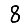
Digit: 8